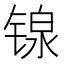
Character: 𬭣